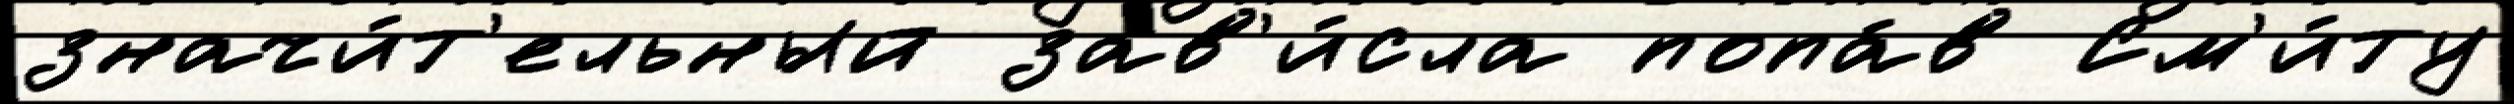
значи́т'ельный зав'и́сла попа́в См'и́ту